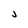
Character: j